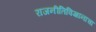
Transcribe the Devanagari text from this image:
राजनीतिविज्ञानाचा